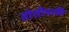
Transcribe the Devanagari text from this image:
तोशीयाकी